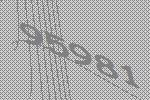
95981